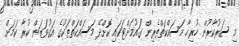
މި ސަރުކާރުން ހުރިހާ މަސައްކަތްތެރިން ގައުމަށްޓަކައި ކޮށްދޭ މަސައްކަތްތަކުގެ އަގުވަޒަން ކުރާ ކަމަށް